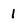
Character: 1